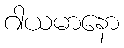
ဂါယမာနော